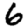
Digit: 6